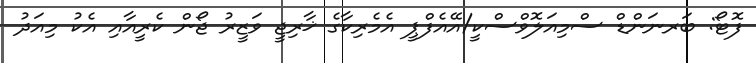
ފޮޓޯ: ބަރނަންޑް ސްމިއަލޮވްސްކީ/އޭއެފްޕީ އެމެރިކާގެ ޚާރިޖީ ވަޒީރު ޖޯން ކެރީއާއި އެކު މިއަދު